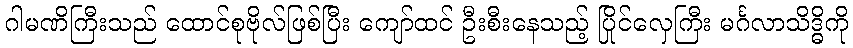
ဂါမဏိကြီးသည် ထောင်စုဗိုလ်ဖြစ်ပြီး ကျော်ထင် ဦးစီးနေသည့် ပြိုင်လှေကြီး မင်္ဂလာသိဒ္ဓိကို